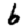
Digit: 6